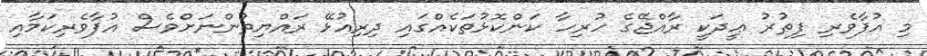
މި އުފާވެރި ފިޠުރު ޢީދަކީ ރާއްޖޭގެ ހުރިހާ ކަންކޮޅުތަކެއްގައި ދިރިއުޅޭ ރައްޔިތުންނަށްވެސް އުފާވެރިކަމާއި